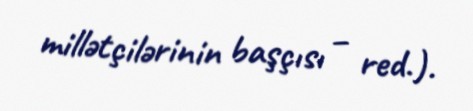
millətçilərinin başçısı – red.).